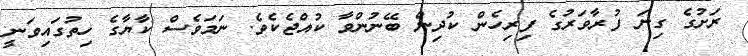
ރަށުގެ ގިނަ ފުރާވަރުގެ ފިރިހެން ކުދިން ބޭނުންވާ ކުއްޖެކެވެ. ނަމަވެސް ކާޔާގެ ހިތުގައިވަނީ